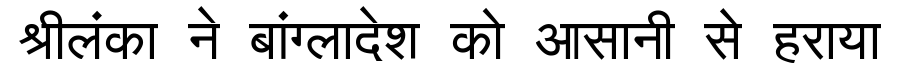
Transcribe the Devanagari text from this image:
श्रीलंका ने बांग्लादेश को आसानी से हराया